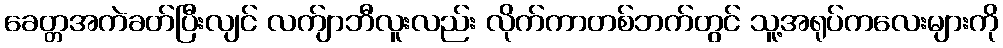
ခေတ္တအကဲခတ်ပြီးလျင် လက်ျာဘီလူးလည်း လိုက်ကာတစ်ဘက်တွင် သူ့အရုပ်ကလေးများကို